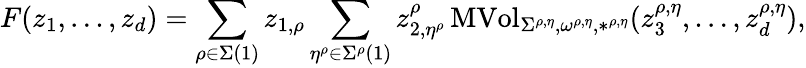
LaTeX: F(z_{1},\dots,z_{d})=\sum_{\rho\in\Sigma(1)}z_{1,\rho}\sum_{\eta^{\rho}\in\Sigma^{\rho}(1)}z_{2,\eta^{\rho}}^{\rho}\operatorname{MVol}_{\Sigma^{\rho,\eta},\omega^{\rho,\eta},*^{\rho,\eta}}(z_{3}^{\rho,\eta},\dots,z_{d}^{\rho,\eta}),